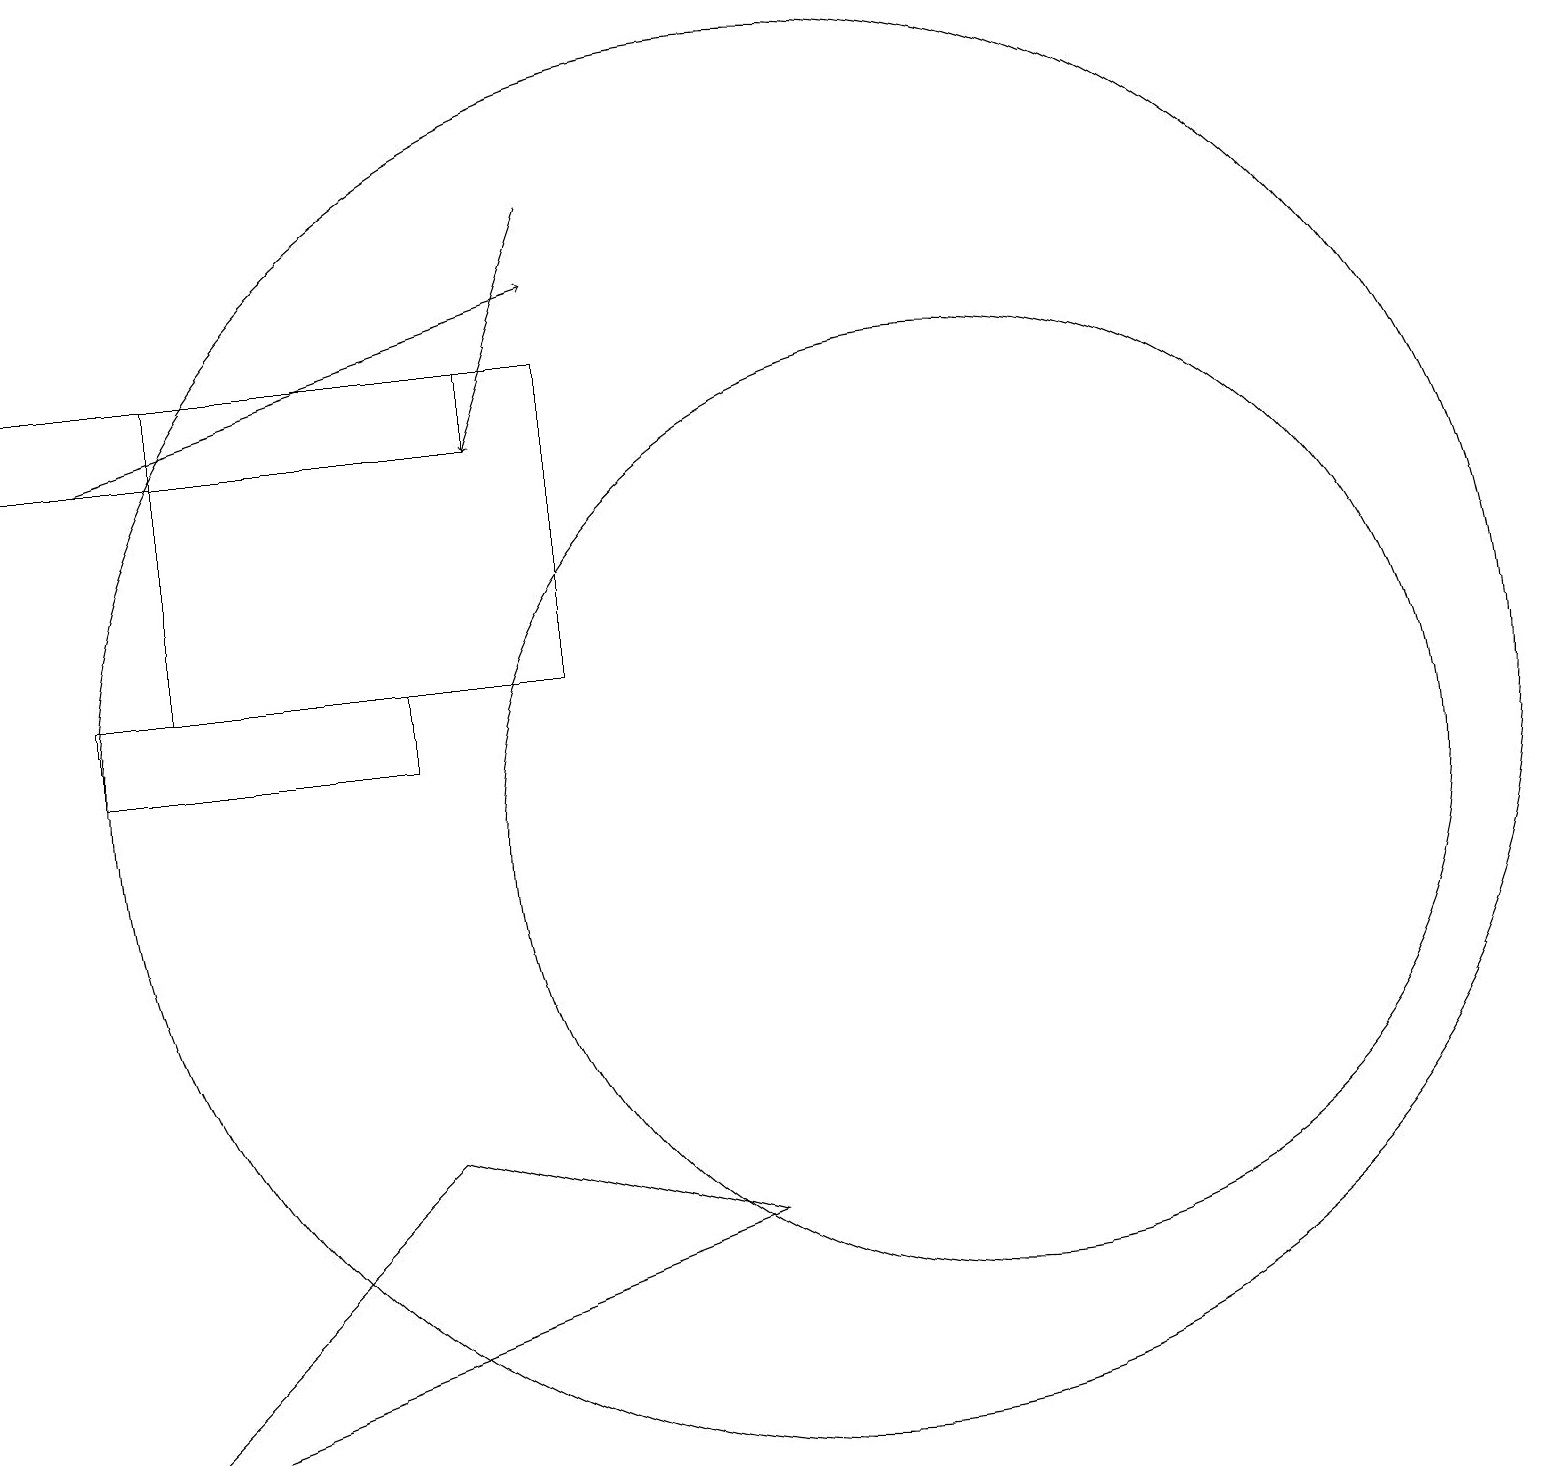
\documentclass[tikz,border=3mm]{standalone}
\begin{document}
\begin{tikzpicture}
\draw (1,2) -- (5,6) -- (9,5) -- cycle;
\draw[->] (1,15) -- (7,17);
\draw (5,11) rectangle (1,12);
\draw (6,16) rectangle (0,15);
\draw (12,10) circle (6);
\draw (10,11) circle (9);
\draw (2,12) rectangle (7,16);
\draw[->] (7,18) -- (6,15);
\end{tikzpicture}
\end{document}